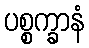
ပစ္စက္ခာနံ